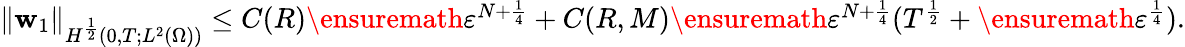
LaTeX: \begin{array}{r}{\| \mathbf{w}_{1}\| _{H^{\frac{1}{2}}(0,T;L^{2}(\Omega))}\leq C(R)\ensuremath{\varepsilon}^{N+\frac{1}{4}}+C(R,M)\ensuremath{\varepsilon}^{N+\frac{1}{4}}(T^{\frac 12}+\ensuremath{\varepsilon}^{\frac 14}).}\end{array}